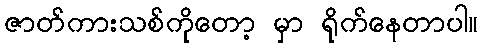
ဇာတ်ကားသစ်ကိုတော့ မှာ ရိုက်နေတာပါ။